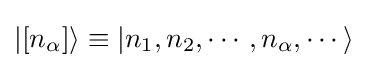
|[n_{\alpha }]\rangle \equiv |n_{1},n_{2},\cdots ,n_{\alpha },\cdots \rangle